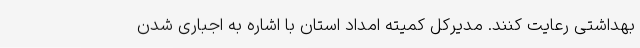
بهداشتی رعایت کنند. مدیرکل کمیته امداد استان با اشاره به اجباری شدن